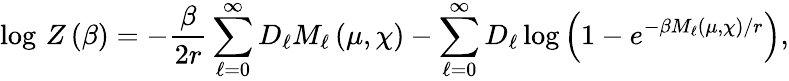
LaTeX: \log\, Z\left(\beta\right)=-\frac{\beta}{2r}\sum_{\ell=0}^{\infty}D_{\ell}M_{\ell}\left(\mu,\chi\right)-\sum_{\ell=0}^{\infty}D_{\ell}\log\left(1-e^{-\beta M_{\ell}\left(\mu,\chi\right)/r}\right),